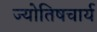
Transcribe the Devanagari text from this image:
ज्योतिषचार्य